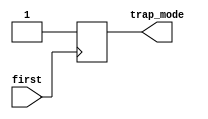
module TRAP(  //Found this module, need more clarification though
    input first, // First instruction signal
    output reg trap_mode // Trap mode flag
);

initial begin
    trap_mode = 0; // not on 
end

always @(posedge first) begin
    trap_mode <= 1; // trap mode now equals one
end

endmodule